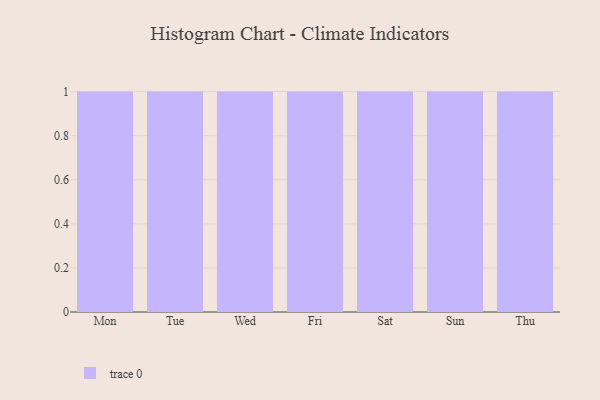
{"axis": {"x": "Day", "y": "Gross Profit (USD K)"}, "legend": [""], "data": [{"x": "Mon", "y": 21, "type": ""}, {"x": "Tue", "y": 30, "type": ""}, {"x": "Wed", "y": 4, "type": ""}, {"x": "Fri", "y": 10, "type": ""}, {"x": "Sat", "y": 91, "type": ""}, {"x": "Sun", "y": 74, "type": ""}, {"x": "Thu", "y": 91, "type": ""}]}